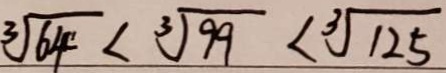
\sqrt [ 3 ] { 6 4 } < \sqrt [ 3 ] { 9 9 } < \sqrt [ 3 ] { 1 2 5 }